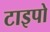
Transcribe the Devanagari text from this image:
टाइपो